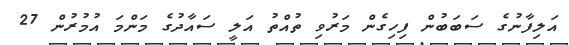
އަލިފާނުގެ ސަބަބުން ފިހިގެން މަރުވި ތުއްތު އަލީ ސައާދުގެ މަންމަ އުމުރުން 27